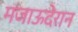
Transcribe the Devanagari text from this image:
मजाऊदेरान